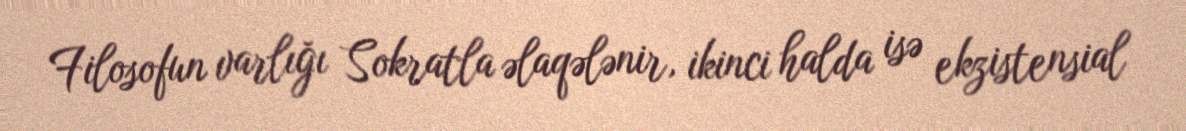
Filosofun varlığı Sokratla əlaqələnir, ikinci halda isə ekzistensial